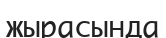
жырасында